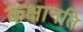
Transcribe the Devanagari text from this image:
कक्षानति